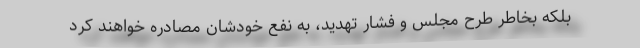
بلکه بخاطر طرح مجلس و فشار تهدید، به نفع خودشان مصادره خواهند کرد